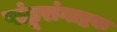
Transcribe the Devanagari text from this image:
पांडूरांगाष्टक